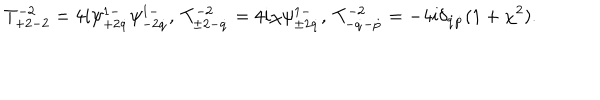
T _ { + 2 - 2 } ^ { - 2 } = 4 i \psi _ { + 2 \dot { q } } ^ { 1 - } \psi _ { - 2 \dot { q } } ^ { 1 - } , \ T _ { \pm 2 - \dot { q } } ^ { - 2 } = 4 i \chi \psi _ { \pm 2 \dot { q } } ^ { 1 - } , \ T _ { - \dot { q } - \dot { p } } ^ { - 2 } = - 4 i \delta _ { \dot { q } \dot { p } } ( 1 + \chi ^ { 2 } ) .